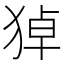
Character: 㹿